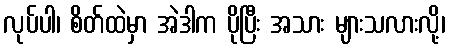
လုပ်ပါ၊ စိတ်ထဲမှာ အဲဒါက ပိုပြီး အသား များသလားလို့၊